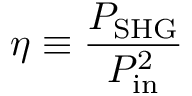
\eta \equiv \frac { P _ { \mathrm { S H G } } } { P _ { \mathrm { i n } } ^ { 2 } }